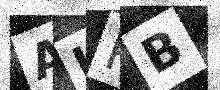
Text: ALPB